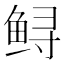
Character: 鲟